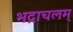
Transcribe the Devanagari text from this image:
भद्राचलम्‌